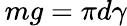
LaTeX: \, mg=\pi d\gamma